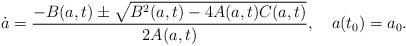
LaTeX: \begin{align*}\dot{a} = \frac{-B(a,t) \pm \sqrt{B^2(a,t) - 4A(a,t)C(a,t)}}{2A(a,t)},\quad a(t_0)=a_0.\end{align*}